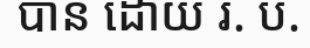
បាន ដោយ រ. ប.